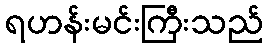
ရဟန်းမင်းကြီးသည်